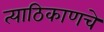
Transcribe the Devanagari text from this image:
त्याठिकाणचे